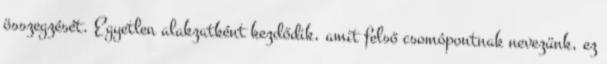
összegzését. Egyetlen alakzatként kezdődik, amit felső csomópontnak nevezünk, ez